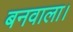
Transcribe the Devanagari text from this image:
बनवाला।